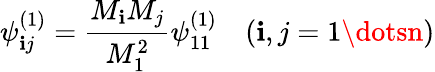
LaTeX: \psi_{\mathbf{i}j}^{(1)}=\frac{{M_{\mathbf{i}}M_{j}}}{{M_{1}^{2}}}\psi_{11}^{(1)}\quad(\mathbf{i},j=1\dotsn)